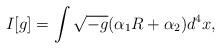
LaTeX: \begin{align*}I[g]=\int \sqrt{-g}(\alpha _{1}R+\alpha _{2})d^{4}x,\end{align*}